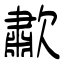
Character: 歗